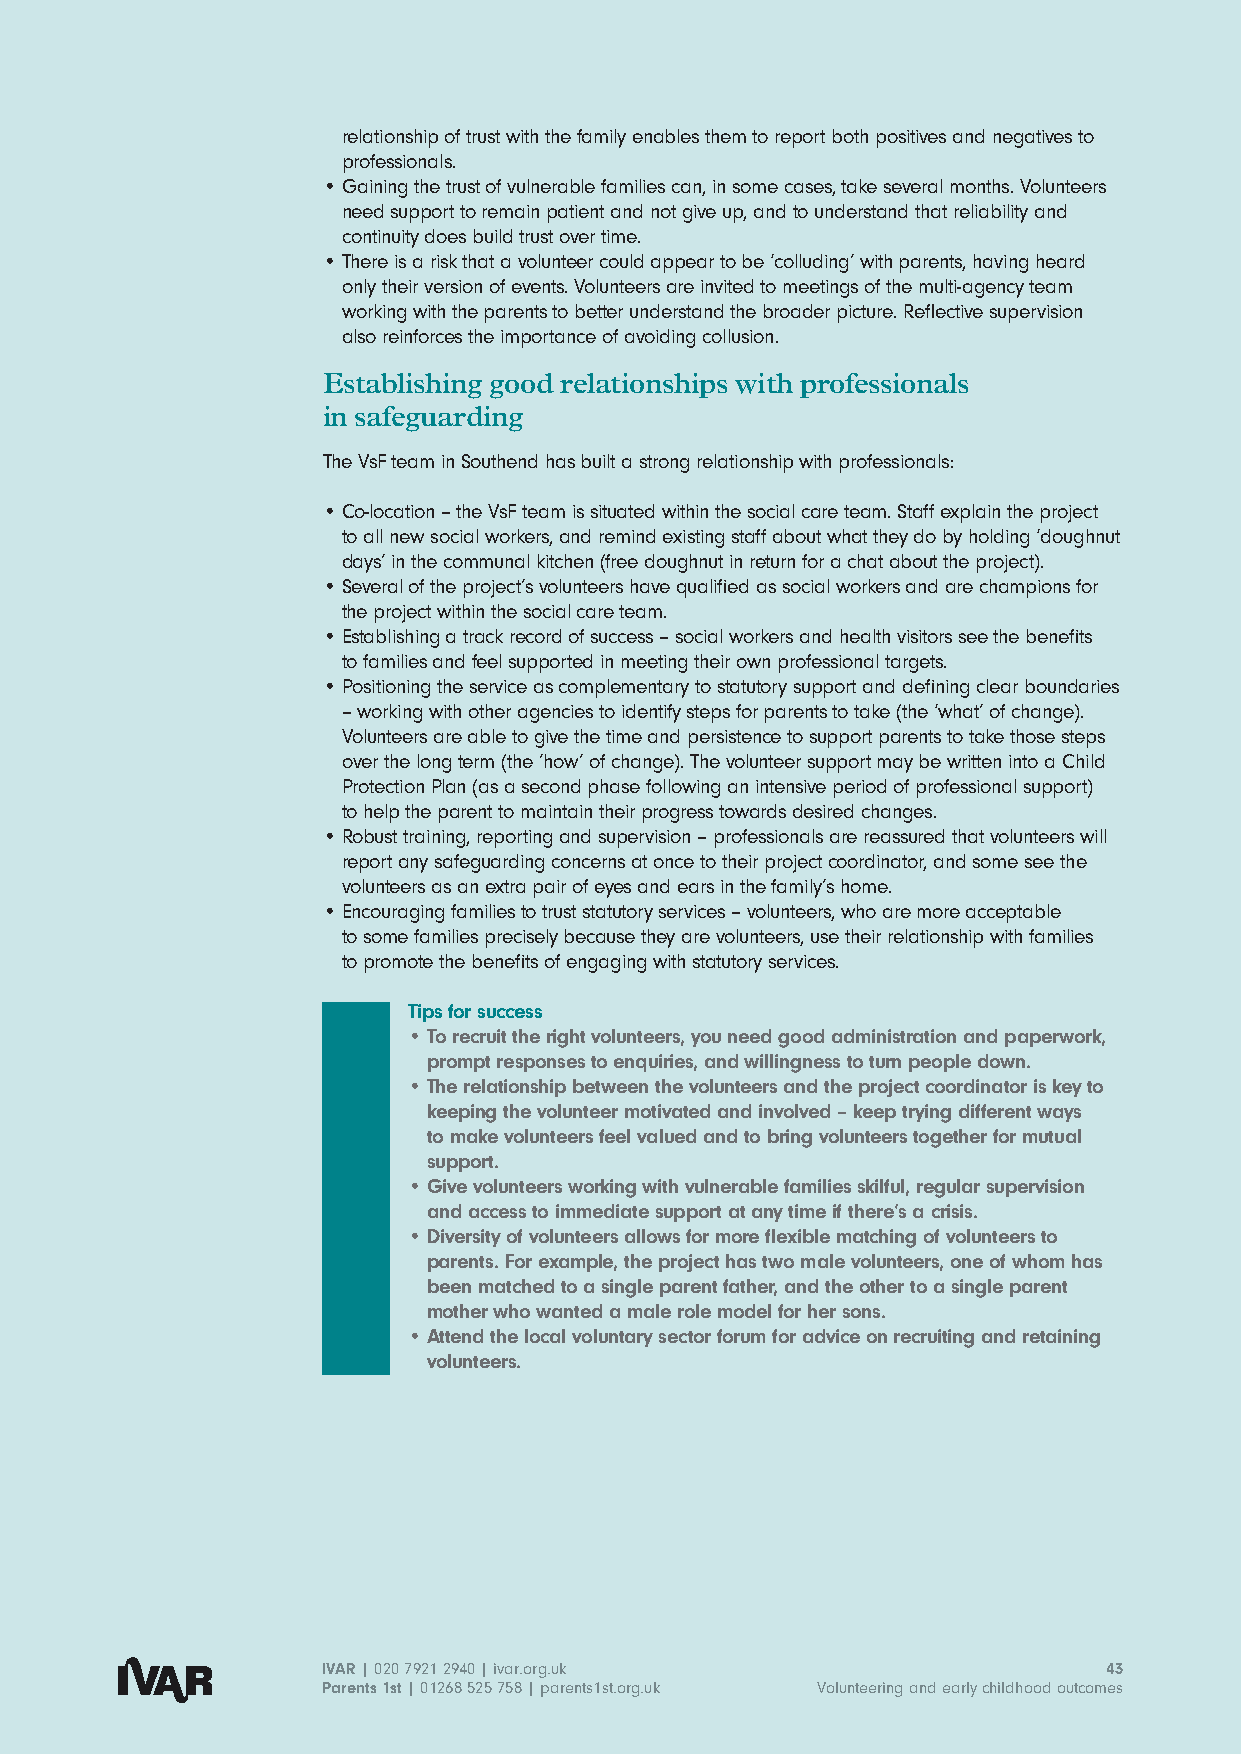
relationship of trust with the family enables them to report both positives and negatives to
 professionals.
 • G aining the trust of vulnerable families can, in some cases, take several months. Volunteers
 need support to remain patient and not give up, and to understand that reliability and
 continuity does build trust over time.
 • T here is a risk that a volunteer could appear to be ‘colluding’ with parents, having heard
 only their version of events. Volunteers are invited to meetings of the multi-agency team
 working with the parents to better understand the broader picture. Reflective supervision
 also reinforces the importance of avoiding collusion.
 Establishing good relationships with professionals
 in safeguarding
 The VsF team in Southend has built a strong relationship with professionals:
 • C o-location – the VsF team is situated within the social care team. Staff explain the project
 to all new social workers, and remind existing staff about what they do by holding ‘doughnut
 days’ in the communal kitchen (free doughnut in return for a chat about the project).
 • S everal of the project’s volunteers have qualified as social workers and are champions for
 the project within the social care team.
 • E stablishing a track record of success – social workers and health visitors see the benefits
 to families and feel supported in meeting their own professional targets.
 • P ositioning the service as complementary to statutory support and defining clear boundaries
 – working with other agencies to identify steps for parents to take (the ‘what’ of change).
 Volunteers are able to give the time and persistence to support parents to take those steps
 over the long term (the ’how’ of change). The volunteer support may be written into a Child
 Protection Plan (as a second phase following an intensive period of professional support)
 to help the parent to maintain their progress towards desired changes.
 • R obust training, reporting and supervision – professionals are reassured that volunteers will
 report any safeguarding concerns at once to their project coordinator, and some see the
 volunteers as an extra pair of eyes and ears in the family’s home.
 • E ncouraging families to trust statutory services – volunteers, who are more acceptable
 to some families precisely because they are volunteers, use their relationship with families
 to promote the benefits of engaging with statutory services.
 Tips for success
 • T o recruit the right volunteers, you need good administration and paperwork,
 prompt responses to enquiries, and willingness to turn people down.
 • T he relationship between the volunteers and the project coordinator is key to
 keeping the volunteer motivated and involved – keep trying different ways
 to make volunteers feel valued and to bring volunteers together for mutual
 support.
 • G ive volunteers working with vulnerable families skilful, regular supervision
 and access to immediate support at any time if there’s a crisis.
 • D iversity of volunteers allows for more flexible matching of volunteers to
 parents. For example, the project has two male volunteers, one of whom has
 been matched to a single parent father, and the other to a single parent
 mother who wanted a male role model for her sons.
 • A ttend the local voluntary sector forum for advice on recruiting and retaining
 volunteers.
 IVAR | 020 7921 2940 | ivar.org.uk                  43
 Parents 1st | 01268 525 758 | parents1st.org.uk Volunteering and early childhood outcomes